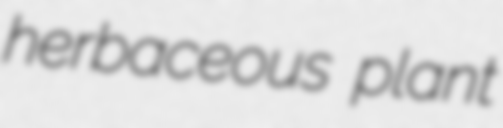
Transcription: herbaceous plant